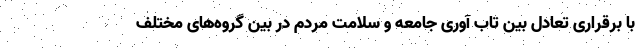
با برقراری تعادل بین تاب آوری جامعه و سلامت مردم در بین گروه‌های مختلف